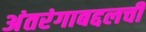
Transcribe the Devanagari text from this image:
अंतरंगाबद्दलची